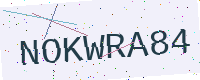
Text: NOKWRA84